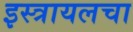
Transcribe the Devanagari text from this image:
इस्त्रायलचा